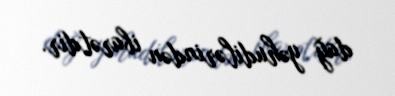
dağ yəhudilərindən ibarətdir.